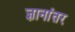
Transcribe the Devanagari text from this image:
ज्ञानांतर